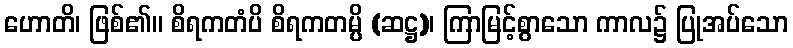
ဟောတိ၊ ဖြစ်၏။ စိရကတံပိ စိရကတမ္ပိ (ဆဋ္ဌ)၊ ကြာမြင့်စွာသော ကာလ၌ ပြုအပ်သော